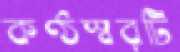
কণ্ঠস্বরটি